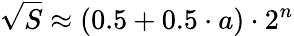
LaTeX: {\sqrt{S}}\approx(0.5+0.5\cdot a)\cdot 2^{n}